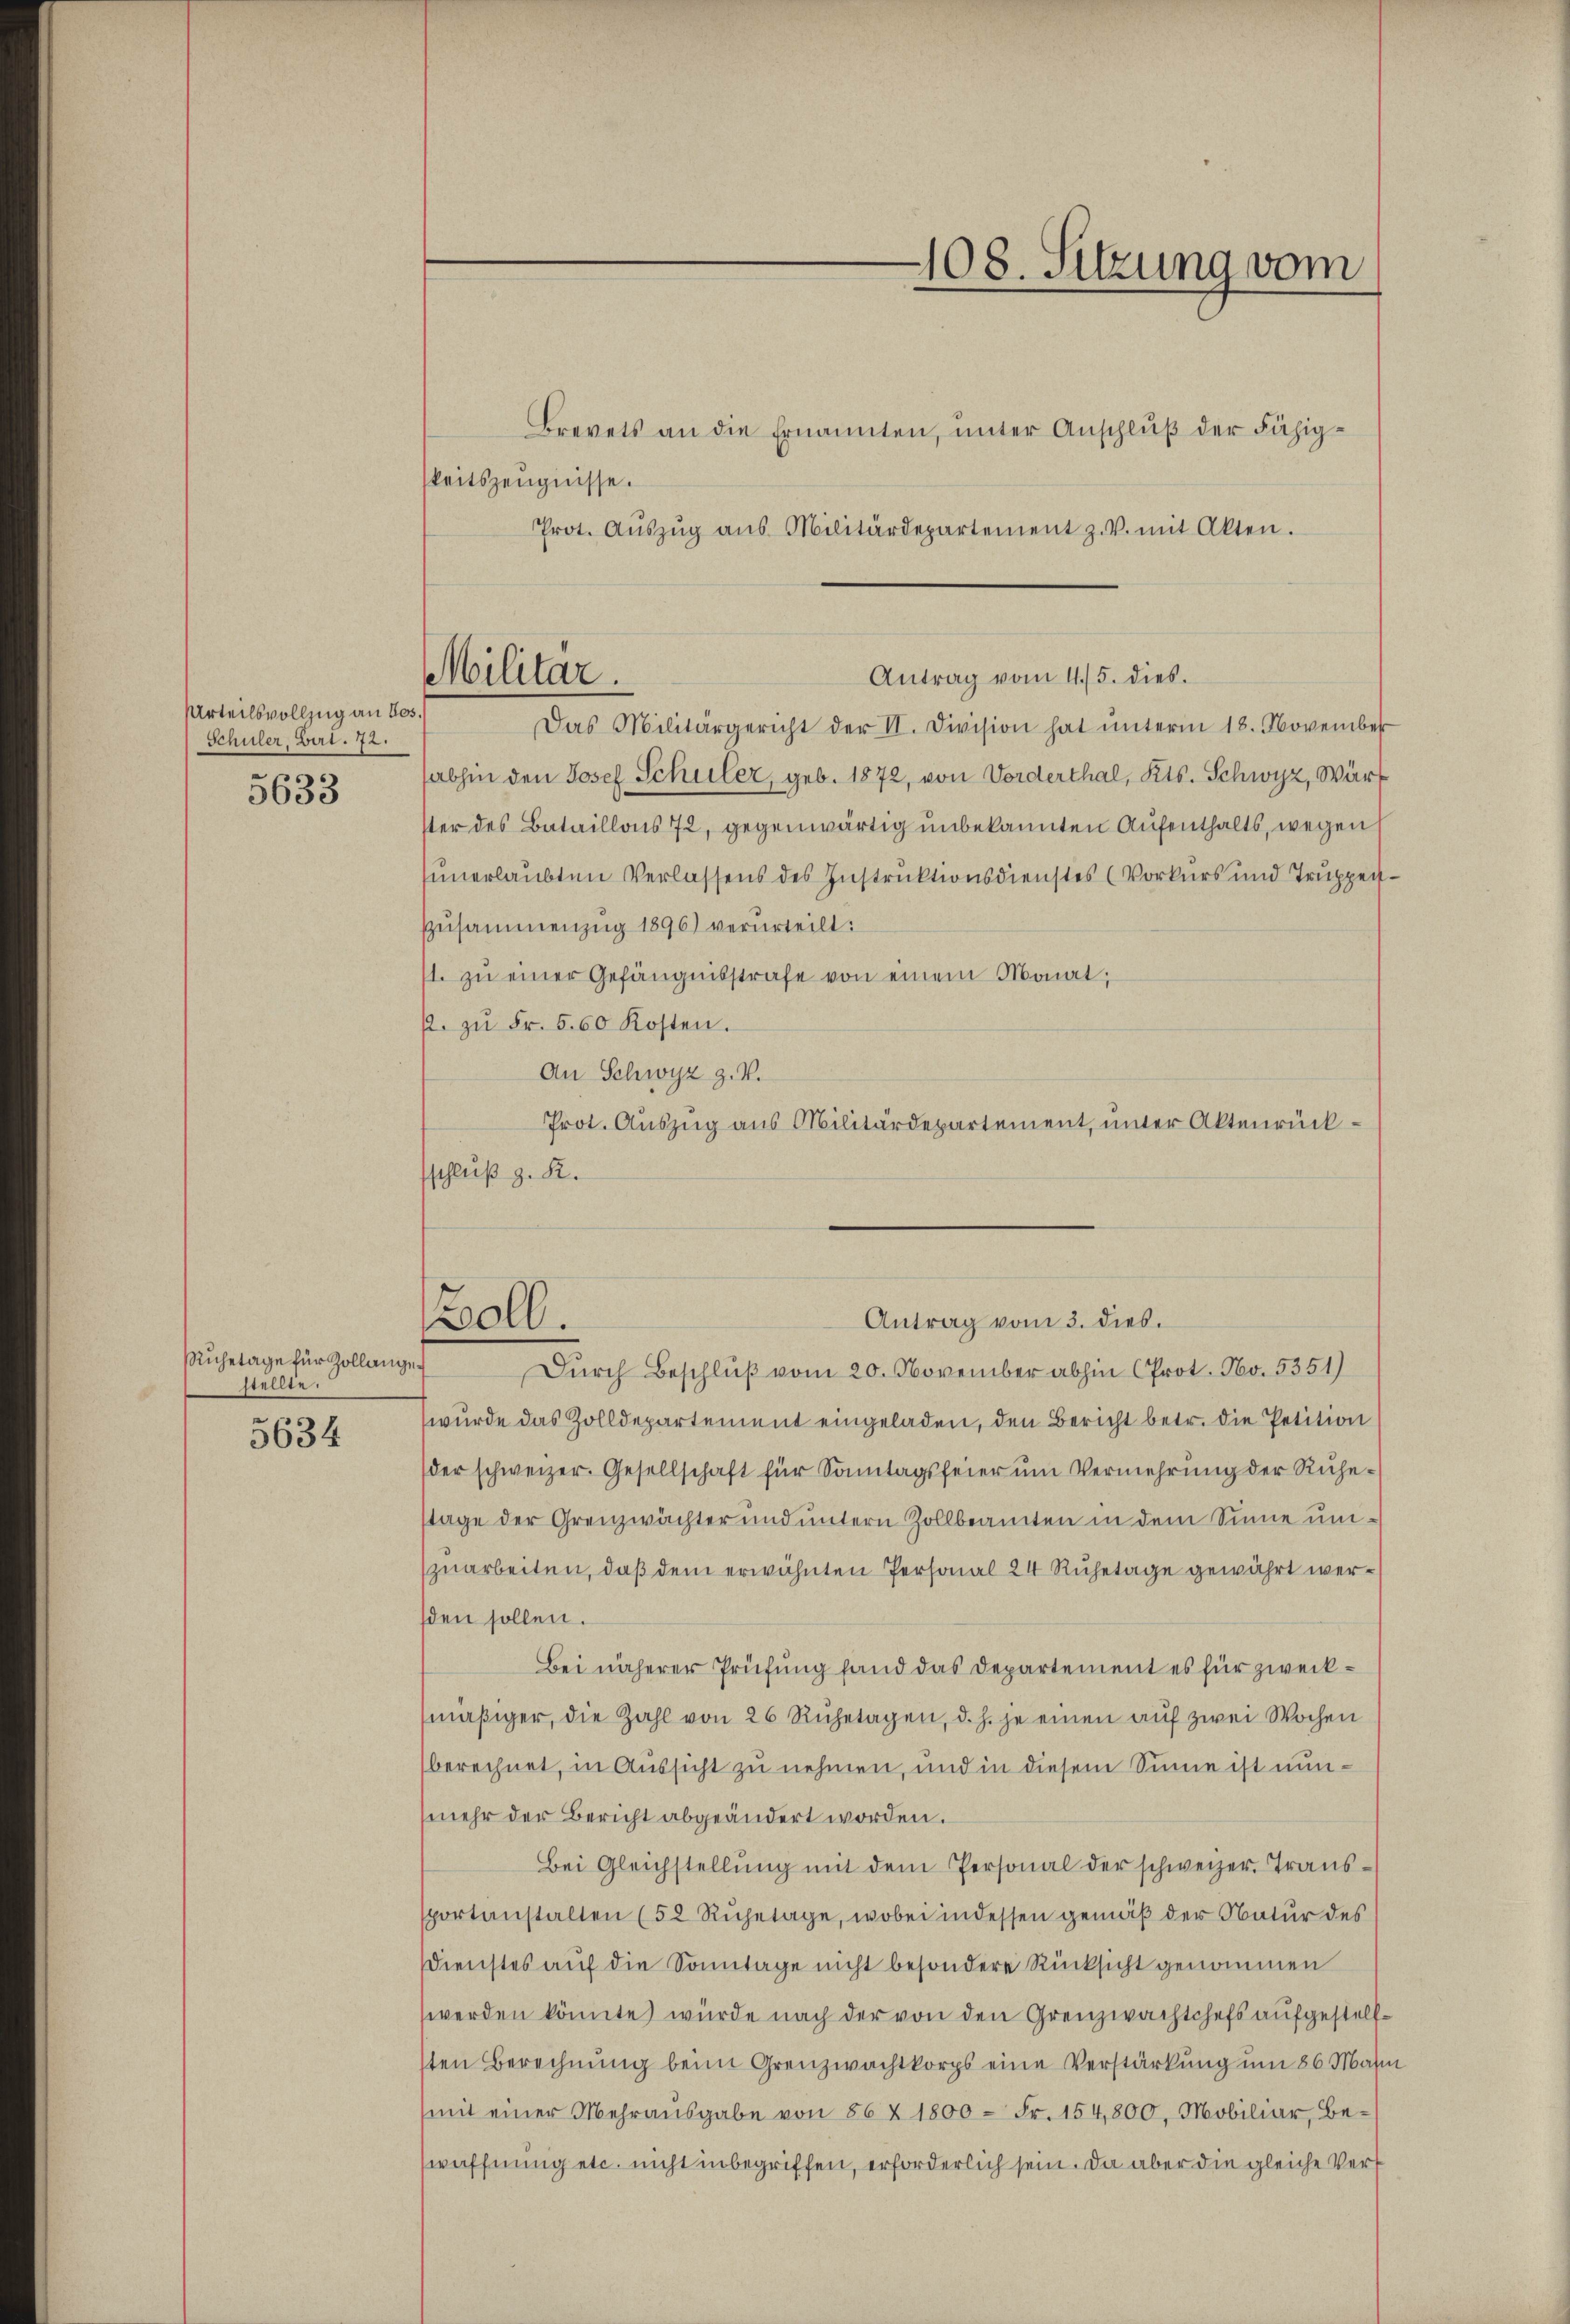
Urteilsvollzug an Los.
Schüler, Birt. 72.
5633

Ruhetage für Zollangestellte.

5634

Antrag vom 4/5. dies
Militar.

Boll.

keitszeugnisse.
Prot. Aŭszŭg aŭs Militärdepartement z. V. mit Akten.

Das Militärgericht der II. Division hat ŭnterm 18. November
sabhin den Josef Schuler, geb. 1872, von Vorderthal, Kts. Schwyz, Wärt
ster des Bataillons 72, gegenwärtig unbekannten Aufenthalts, wegen
sunerlaubten Verlassens des Instruktionsdienstes (Vorkurs und Truppen¬
Zŭsammenzug 1896) verurteilt:
1. zu einer Gefängnisstrafe von einem Monat,
p. zŭ Fr. 560 Kosten.
An Schwyz z. V.
Prot. Auszug aus Militärdepartement, unter Aktenrücksschluß z. R.

108. Sitzung vom
Brevets an die Ernannten, unter Anschluß der Fähig¬

Antrag vom 3. dies.

Dŭrch Beschlŭβ vom 20. November abhin (Prot. No. 5351)
wurde das Zolldepartement eingeladen, den Bericht betr. die Petition
der schweizer. Gesellschaft für Sonntagsfeier ŭm Vermehrŭng der Rŭhe-
stage der Grenzwächter und untern Zollbeamten in dem Sinne umzuarbeiten, daß dem erwähnten Personal 24 Ruhetage gewährt wersden sollen.
Bei näherer Prüfung fand das Departement es für zweckmäβiger, die Zahl von 26 Rŭhetagen, d. h. je einen aŭf zwei Wochen
berechnet, in Aussicht zu nehmen, und in diesem Sinne ist nun¬
(mehr der Bericht abgeändert worden.
Bei Gleichstellŭng mit dem Personal der schweizer. Transsportanstalten (52 Rŭhetage, wobei in dessen gemäß der Natur des
Dienstes auf die Sonntage nicht besondere Rücksicht genommen
werden könnte) wurde nach der von den Grenzwachtchefs aufgestellsten Berechnung beim Grenzwachtkorps eine Verstärkung um 86 Mahn
(mit einer Mehrausgabe von 86 X 1800 = Fr. 154,800, Mobiliar, Bewaffnung etc. nicht inbegriffen, erforderlich sein. Da aber die gleiche Ver¬